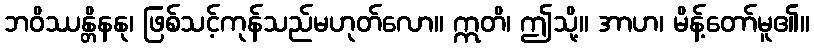
ဘဝိဿန္တိနနု၊ ဖြစ်သင့်ကုန်သည်မဟုတ်လော။ ဣတိ၊ ဤသို့။ အာဟ၊ မိန့်တော်မူ၏။